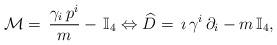
LaTeX: \begin{align*} \mathcal{M}=\,\frac{\gamma_i\,p^i}{m}-\,\mathbb{I }_4\Leftrightarrow\widehat{D}=\,\imath\,\gamma^i\,\partial_i-m\,\mathbb{I}_4, \end{align*}